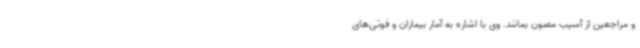
و مراجعین از آسیب مصون بمانند. وی با اشاره به آمار بیماران و فوتی‌های